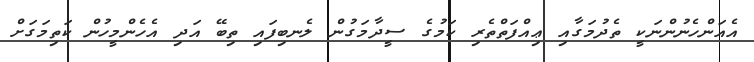
އެއަންހެނުންނަކީ ތެދުމަގާއި ޢިއްފަތްތެރި ކަމުގެ ސީދާމަގުން ލެނބިފައި ތިބޭ އަދި އެހެންމީހުން ކަތިމަގަށް